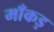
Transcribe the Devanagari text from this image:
माँकड़